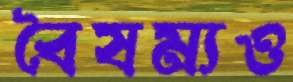
বৈষম্যও